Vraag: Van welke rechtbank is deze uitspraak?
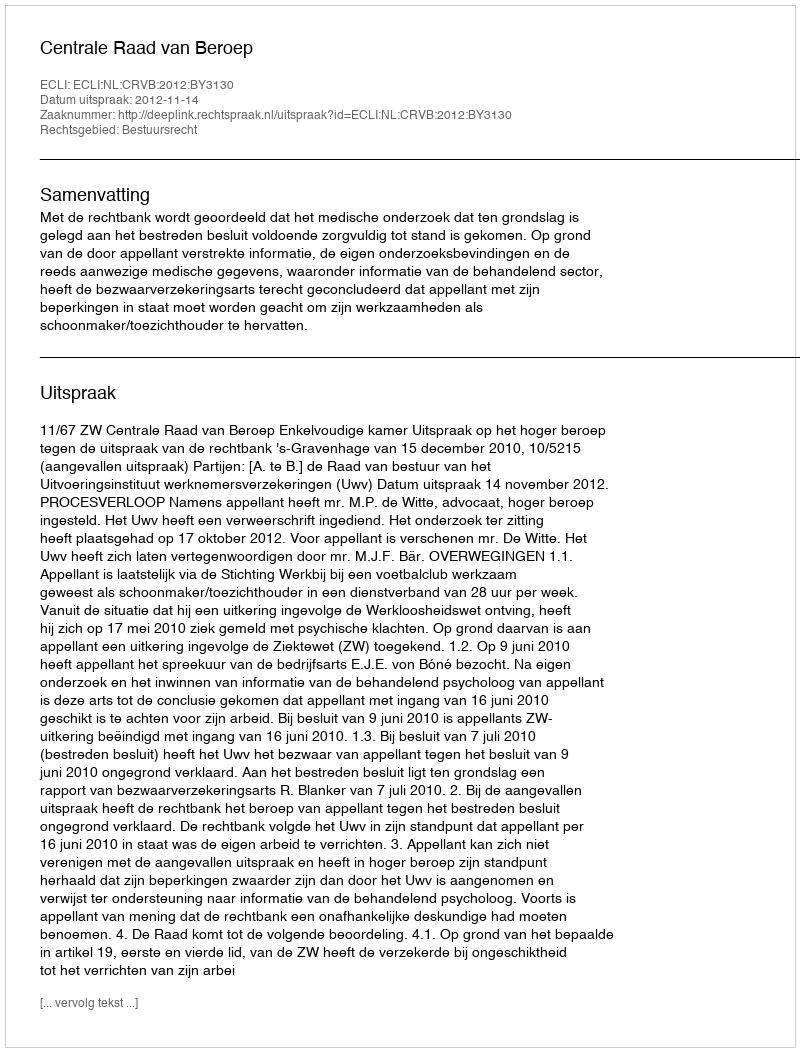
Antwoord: Centrale Raad van Beroep